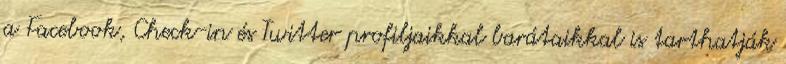
a Facebook, Check-in és Twitter profiljaikkal barátaikkal is tarthatják